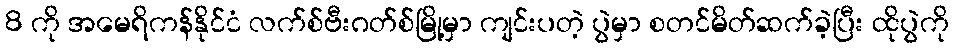
8 ကို အမေရိကန်နိုင်ငံ လက်စ်ဗီးဂတ်စ်မြို့မှာ ကျင်းပတဲ့ ပွဲမှာ စတင်မိတ်ဆက်ခဲ့ပြီး ထိုပွဲကို